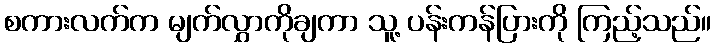
စကားလက်က မျက်လွှာကိုချကာ သူ့ ပန်းကန်ပြားကို ကြည့်သည်။